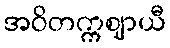
အဝိတက္ကဈာယီ